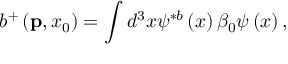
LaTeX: b ^ { + } \left( { \bf p } , x _ { 0 } \right) = \int d ^ { 3 } x \psi ^ { \ast b } \left( x \right) \beta _ { 0 } \psi \left( x \right) ,